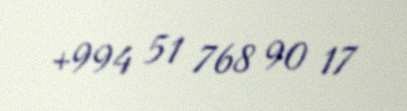
+994 51 768 90 17